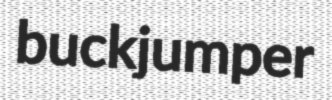
buckjumper